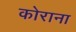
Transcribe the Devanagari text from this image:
कोराना